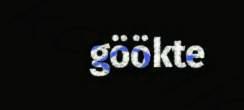
göökte